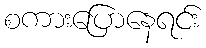
စကားပြောနေရင်း